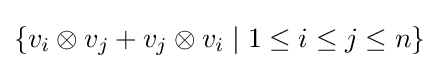
\{v_{i}\otimes v_{j}+v_{j}\otimes v_{i}\mid 1\leq i\leq j\leq n\}